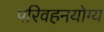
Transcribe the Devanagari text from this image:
परिवहनयोग्य